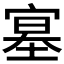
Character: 𡩳